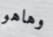
وهاهو